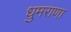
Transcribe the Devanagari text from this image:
धुमराणा